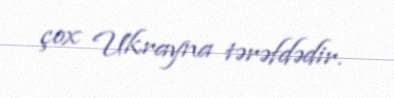
çox Ukrayna tərəfdədir.